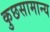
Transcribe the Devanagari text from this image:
कुछसामान्य